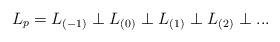
LaTeX: \begin{align*}L_p=L_{(-1)}\perp L_{(0)}\perp L_{(1)}\perp L_{(2)}\perp... \end{align*}